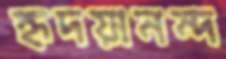
হৃদয়ানন্দ